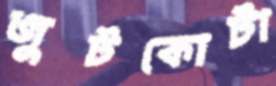
জুটকোটা